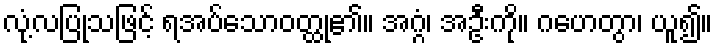
လုံ့လပြုသဖြင့် ရအပ်သောဝတ္ထု၏။ အဂ္ဂံ၊ အဦးကို။ ဂဟေတွာ၊ ယူ၍။